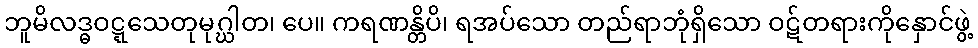
ဘူမိလဒ္ဓဝဋ္ဋသေတုမုဂ္ဃါတ၊ ပေ။ ကရဏန္တိပိ၊ ရအပ်သော တည်ရာဘုံရှိသော ဝဋ်တရားကိုနှောင်ဖွဲ့